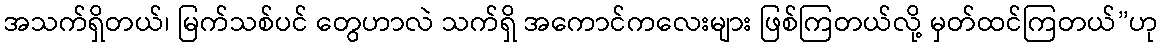
အသက်ရှိတယ်၊ မြက်သစ်ပင် တွေဟာလဲ သက်ရှိ အကောင်ကလေးများ ဖြစ်ကြတယ်လို့ မှတ်ထင်ကြတယ်”ဟု